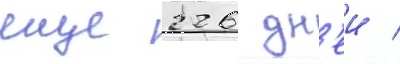
еще 226 дн'еи /